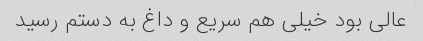
عالی بود خیلی هم سریع و داغ به دستم رسید